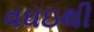
વઘઇથી